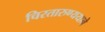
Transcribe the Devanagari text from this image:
चिरतारुण्ययाने